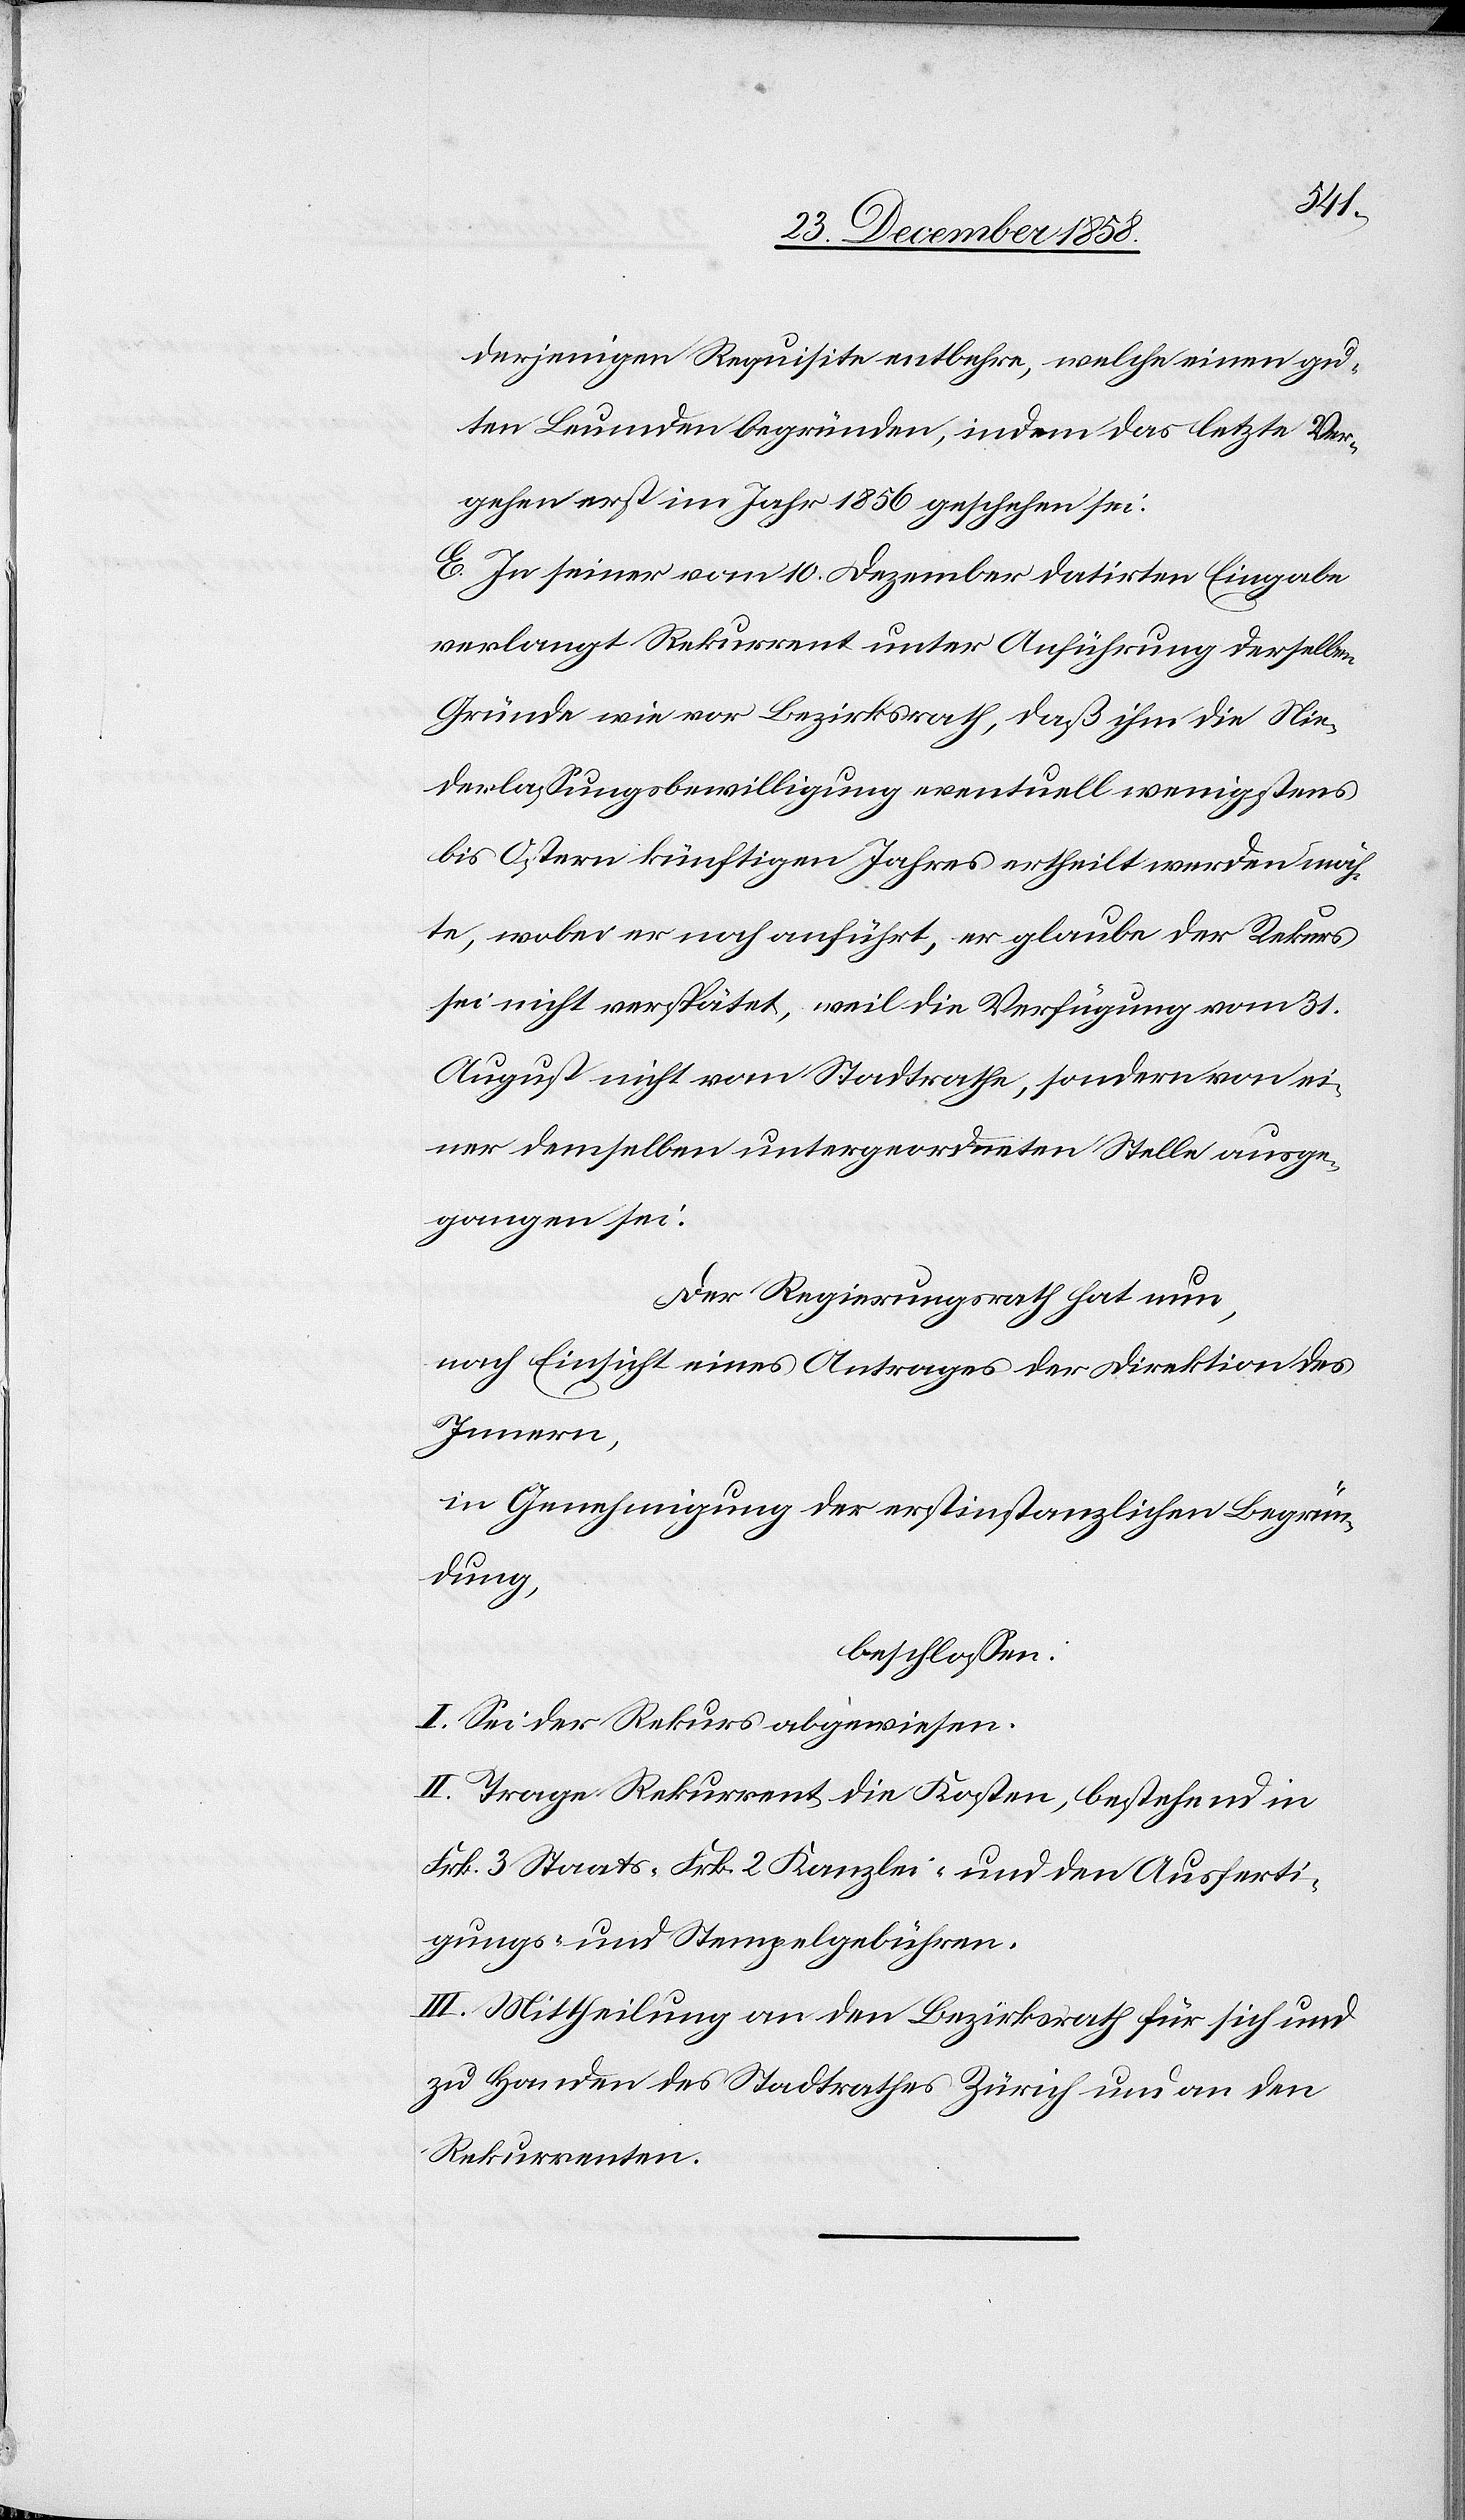
die